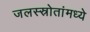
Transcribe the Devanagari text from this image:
जलस्स्रोतांमध्ये